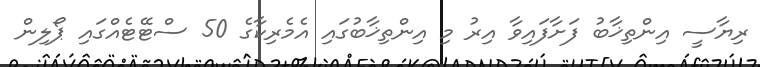
ރިޔާސީ އިންތިޚާބު ފަށާފައިވާ އިރު މި އިންތިޚާބުގައި އެމެރިކާގެ 50 ސްޓޭޓެއްގައި ޕޯލިން